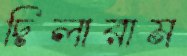
দিলারাম